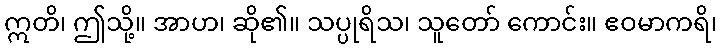
ဣတိ၊ ဤသို့။ အာဟ၊ ဆို၏။ သပ္ပုရိသ၊ သူတော် ကောင်း။ ဧဝမာကရိ၊